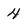
Character: 4